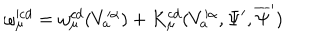
LaTeX: \omega _ { \mu } ^ { \prime c d } = \omega _ { \mu } ^ { c d } ( V _ { a } ^ { \prime \alpha } ) + K _ { \mu } ^ { c d } ( V _ { a } ^ { \prime \alpha } , \Psi ^ { \prime } , \overline { { { \Psi } } } ^ { \prime } )